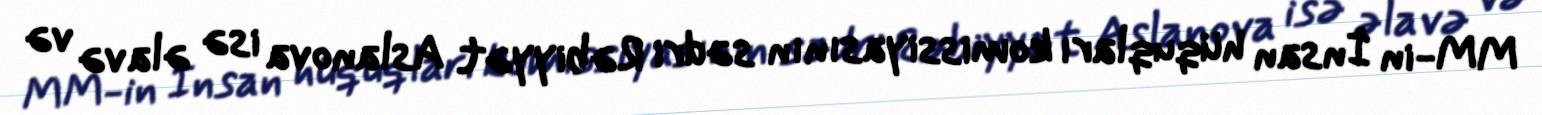
MM-in İnsan hüquqları komissiyasının sədri Rəbiyyət Aslanova isə əlavə və